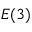
E ( 3 )